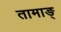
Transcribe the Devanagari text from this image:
तामाङ्‌